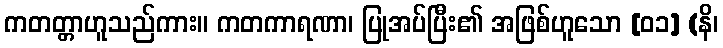
ကတတ္တာဟူသည်ကား။ ကတကာရဏာ၊ ပြုအပ်ပြီး၏ အဖြစ်ဟူသော [၀၁] (နိ၊